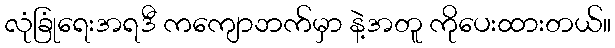
လုံခြုံရေးအရဒီ ကကျောဘက်မှာ နဲ့အတူ ကိုပေးထားတယ်။